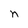
Character: n